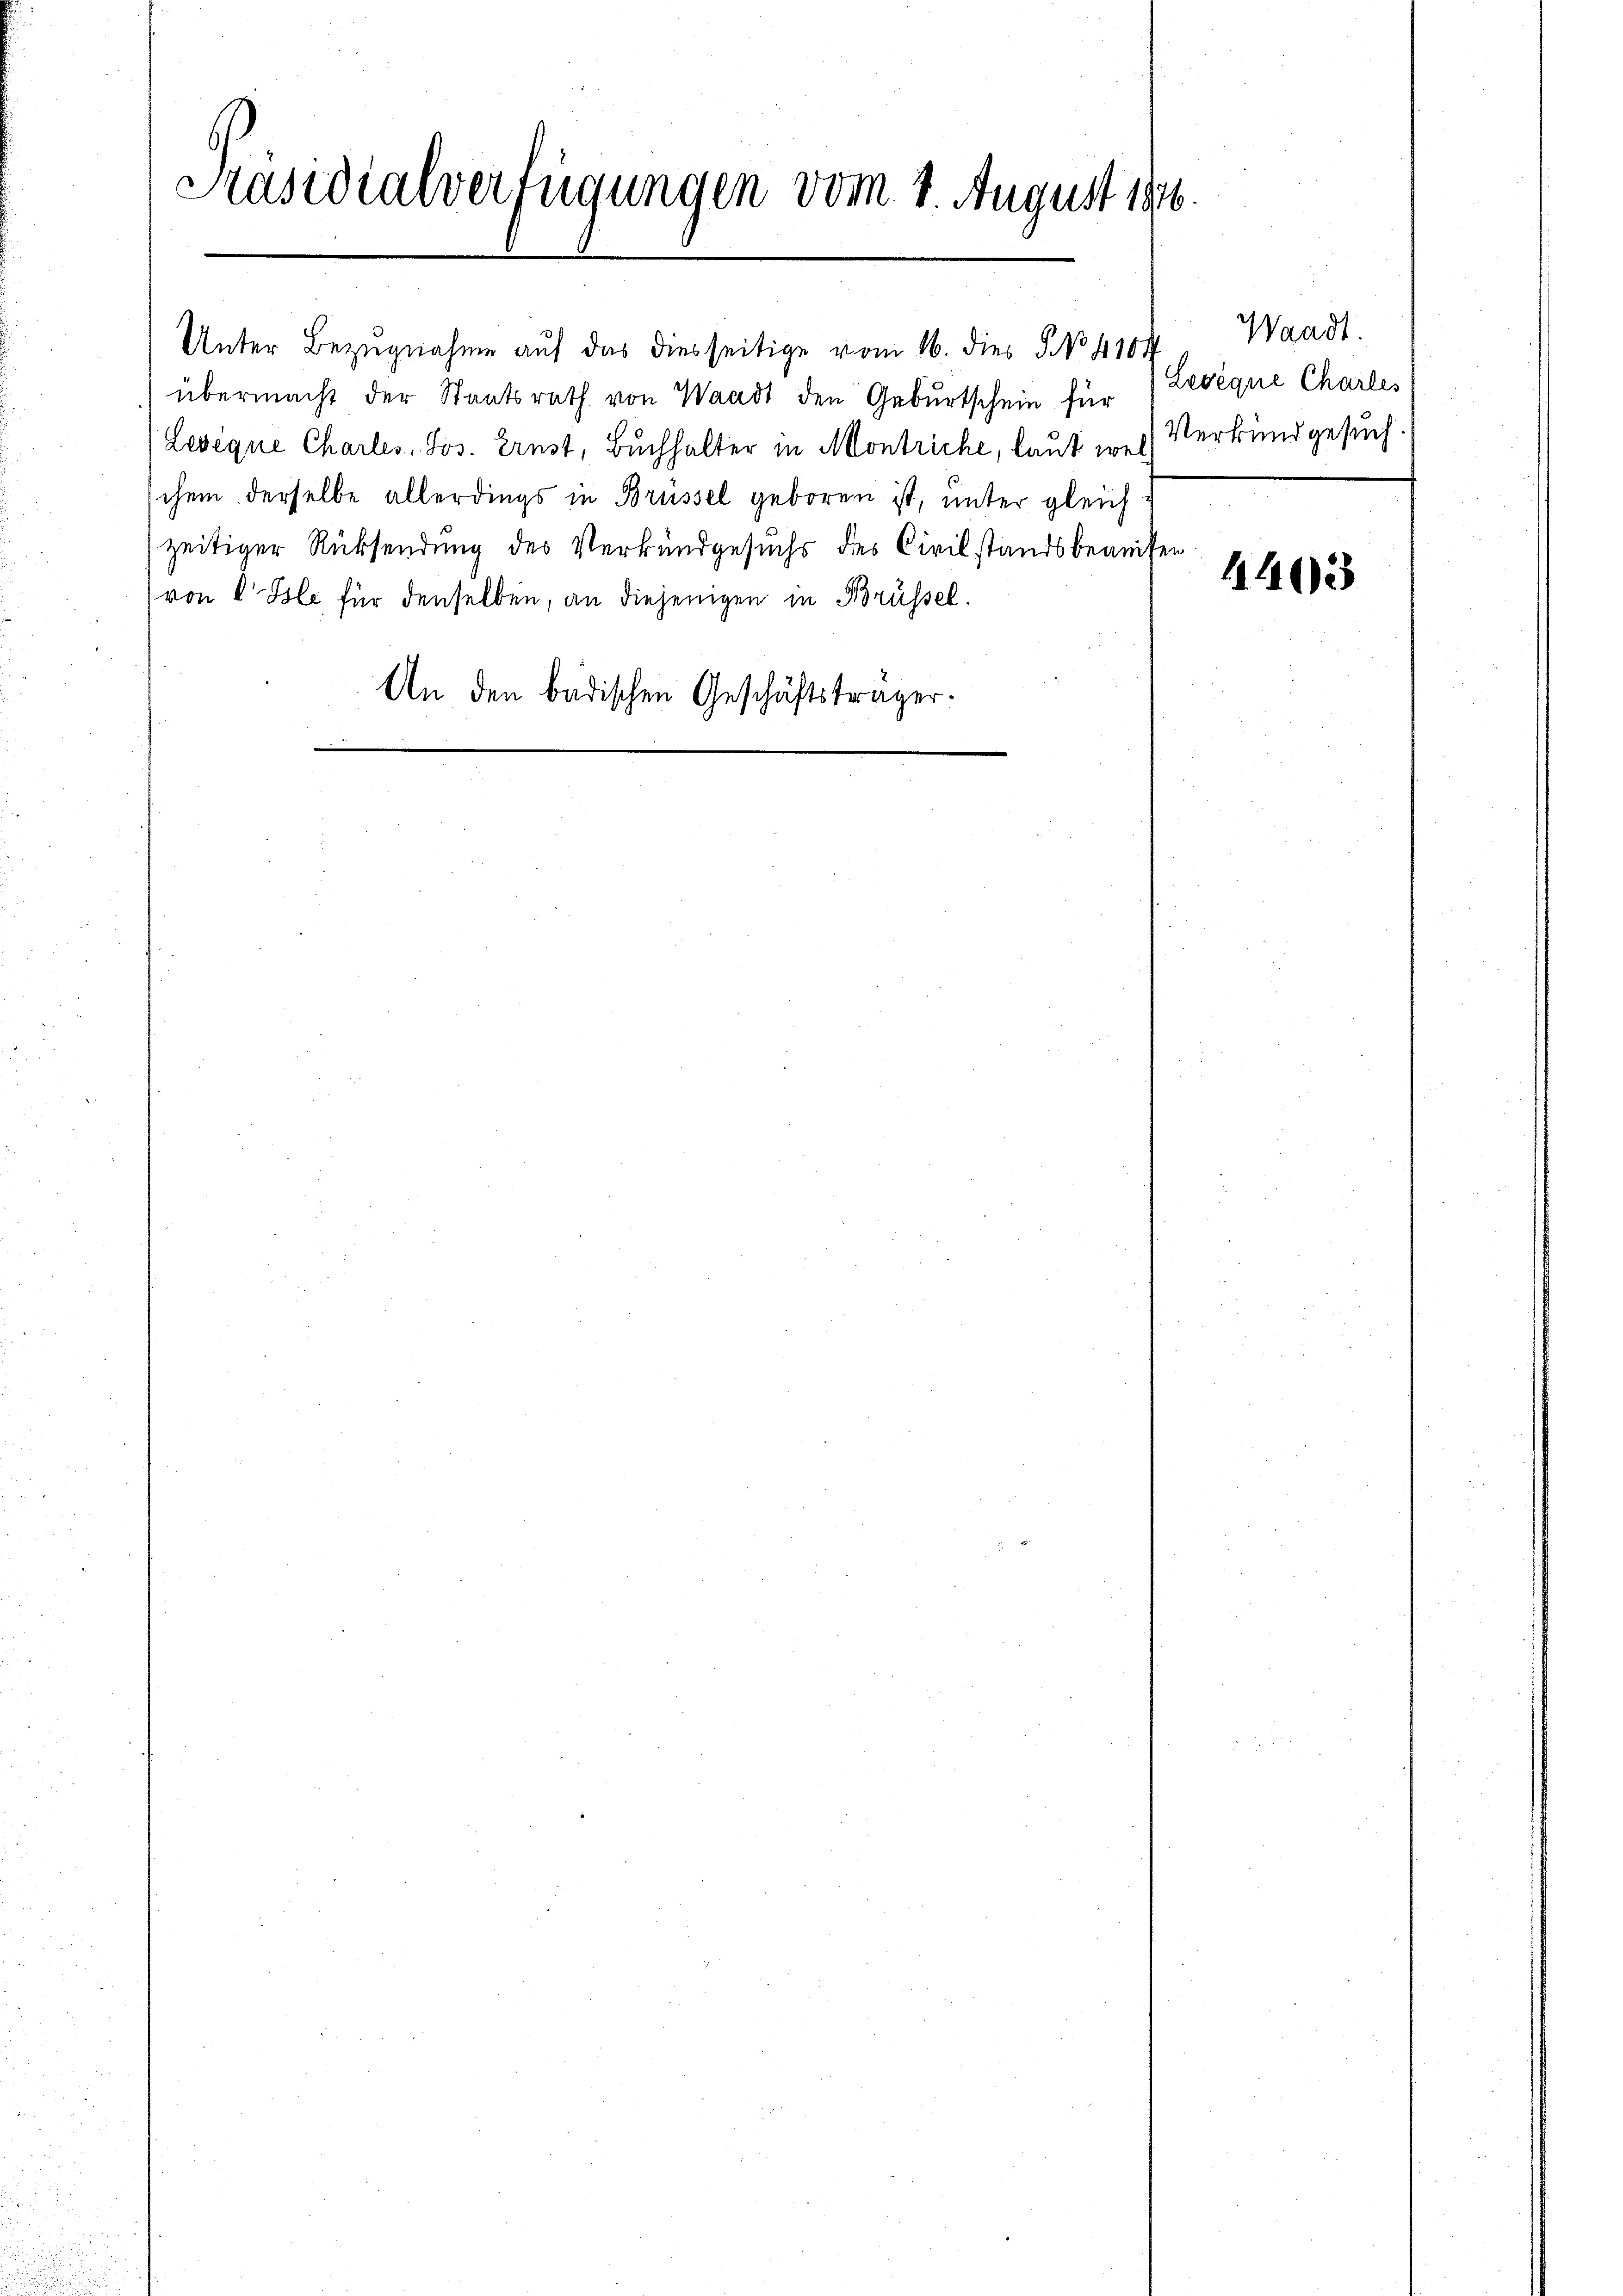
Kasidialverfügungen vom 1. August 1876.

Unter Bezugnahme auf das diesseitige vom 16. dies NNo. 4104 Waadt.
übermacht der Staatsrath von Waadt den Geburtschein für
Lesegue Charles, Jos. Ernst, Buchhalter in Montriche, laut welschem derselbe allerdings in Brüssel geboren ist, unter gleich
zeitiger Rücksendung des Verkundgesuchs des Civilstandsbeant
(von C. Ble für denselben, an diejenigen in Brüssel¬
An den badischen Geschäftsträger.

Levéque Charles
Verkund gesuch

h

1403